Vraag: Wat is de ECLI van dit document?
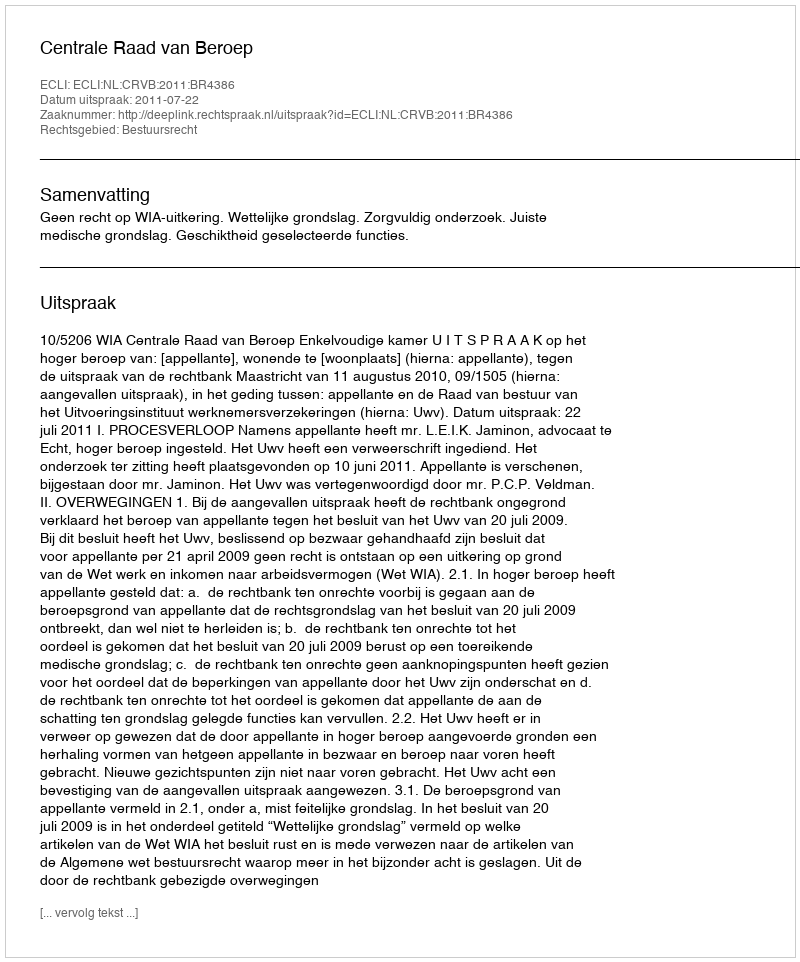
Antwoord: ECLI:NL:CRVB:2011:BR4386